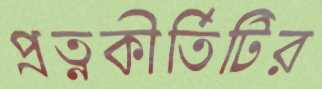
প্রত্নকীর্তিটির